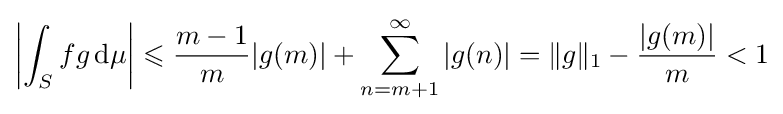
\left|\int _{S}fg\,\mathrm {d} \mu \right|\leqslant {\frac {m-1}{m}}|g(m)|+\sum _{n=m+1}^{\infty }|g(n)|=\|g\|_{1}-{\frac {|g(m)|}{m}}<1